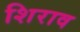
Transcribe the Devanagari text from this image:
शिराव